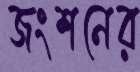
জংশনের